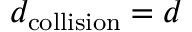
d _ { \mathrm { c o l l i s i o n } } = d